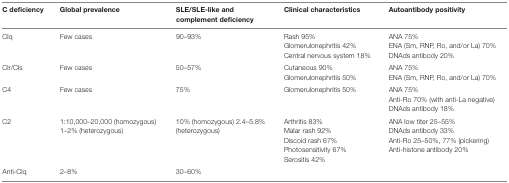
| C deficiency | Global prevalence | SLE/SLE-like and complement deficiency | Clinical characteristics | Autoantibody positivity |
 | --- | --- | --- | --- | --- |
 | Clq | Few cases | 90–93% | Rash 95% | ANA 75% |
 |  |  |  | Glomerulonephritis 42% | ENA (Sm, RNP, Ro, and/or La) 70% |
 |  |  |  | Central nervous system 18% | DNAds antibody 20% |
 | Clr/Cls | Few cases | 50–57% | Cutaneous 90% | ANA 75% |
 |  |  |  | Glomerulonephritis 50% | ENA (Sm, RNP, Ro, and/or La) 70% |
 | C4 | Few cases | 75% | Glomerulonephritis 50% | ANA 75% |
 |  |  |  |  | Anti-Ro 70% (with anti-La negative) |
 |  |  |  |  | DNAds antibody 18% |
 | C2 | 1:10,000–20,000 (homozygous) 1–2% (heterozygous) | 10% (homozygous) 2.4–5.8% (heterozygous) | Arthritis 83%Malar rash 92%Discoid rash 67%Photosensitivity 67%Serositis 42% | ANA low titer 25–55%DNAds antibody 33%Anti-Ro 25–50%, 77% (pickering)Anti-histone antibody 20% |
 | Anti-Clq | 2–8% | 30–60% |  |  |